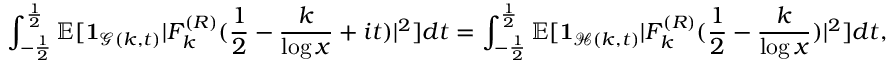
\int _ { - \frac { 1 } { 2 } } ^ { \frac { 1 } { 2 } } \mathbb E [ \mathbf { 1 } _ { \mathcal { G } ( k , t ) } | F _ { k } ^ { ( R ) } ( \frac { 1 } { 2 } - \frac { k } { \log x } + i t ) | ^ { 2 } ] d t = \int _ { - \frac { 1 } { 2 } } ^ { \frac { 1 } { 2 } } \mathbb E [ \mathbf { 1 } _ { \mathcal { H } ( k , t ) } | F _ { k } ^ { ( R ) } ( \frac { 1 } { 2 } - \frac { k } { \log x } ) | ^ { 2 } ] d t ,